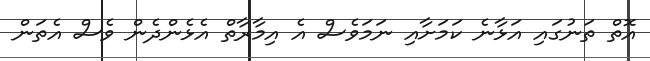
އޮތް ތަނުގައި އަޅާނެ ކަމަށާއި ނަމަވެސް އެ އިމާރާތް އެޅެންދެން ވެސް އެތަން